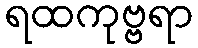
ရထကုဗ္ဗရာ